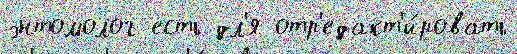
энтомолог есть дл'я отр'едакт'и́ровать